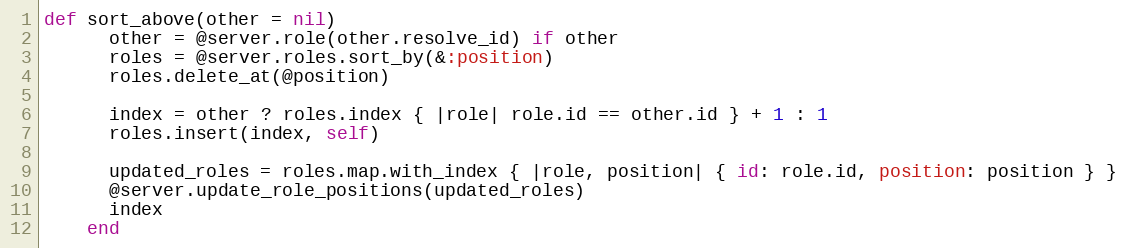
Language: Ruby
def sort_above(other = nil)
      other = @server.role(other.resolve_id) if other
      roles = @server.roles.sort_by(&:position)
      roles.delete_at(@position)

      index = other ? roles.index { |role| role.id == other.id } + 1 : 1
      roles.insert(index, self)

      updated_roles = roles.map.with_index { |role, position| { id: role.id, position: position } }
      @server.update_role_positions(updated_roles)
      index
    end